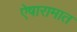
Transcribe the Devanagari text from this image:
ऐषारामात